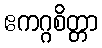
ဧကဂ္ဂစိတ္တာ